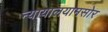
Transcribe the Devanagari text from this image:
न्यायालयामसोर